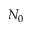
N _ { 0 }